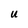
Character: u